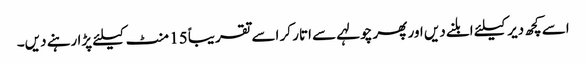
اسے کچھ دیر کیلئے ابلنے دیں اور پھر چولہے سے اتار کر اسے تقریباً 15 منٹ کیلئے پڑا رہنے دیں۔